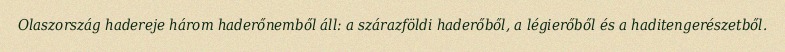
Olaszország hadereje három haderőnemből áll: a szárazföldi haderőből, a légierőből és a haditengerészetből.